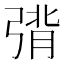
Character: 𰮴